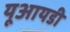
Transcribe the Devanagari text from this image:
यूआयडी